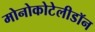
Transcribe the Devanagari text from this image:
मोनोकोटेलीडॉन